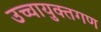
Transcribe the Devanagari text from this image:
उच्चायुक्तगण